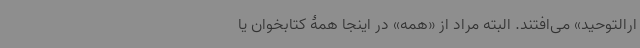
ارالتوحید» می‌افتند. البته مراد از «همه» در اینجا همۀ کتابخوان یا